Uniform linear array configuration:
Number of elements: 8
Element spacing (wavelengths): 0.5
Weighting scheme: kaiser
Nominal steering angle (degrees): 45
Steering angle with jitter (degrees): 45.497
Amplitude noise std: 0.05
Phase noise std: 0.05

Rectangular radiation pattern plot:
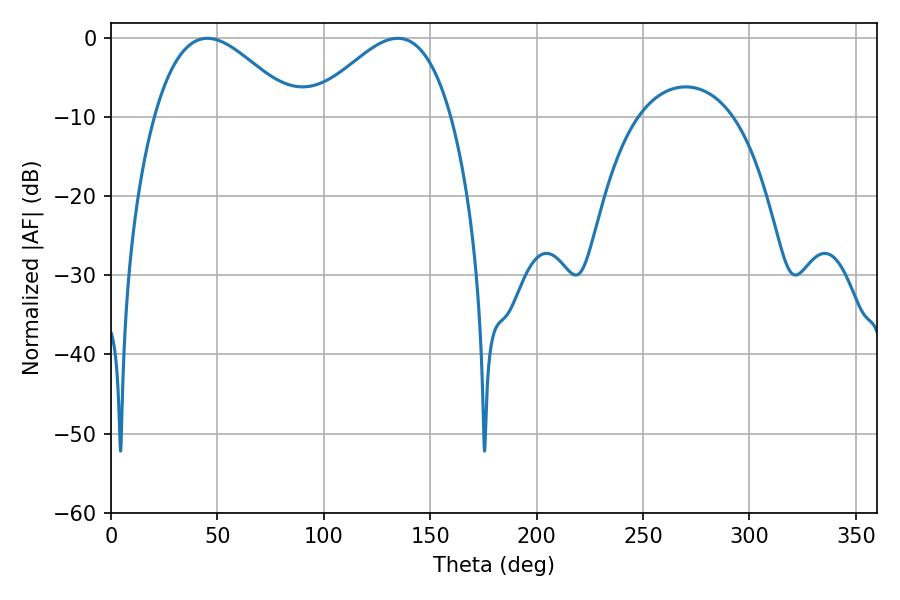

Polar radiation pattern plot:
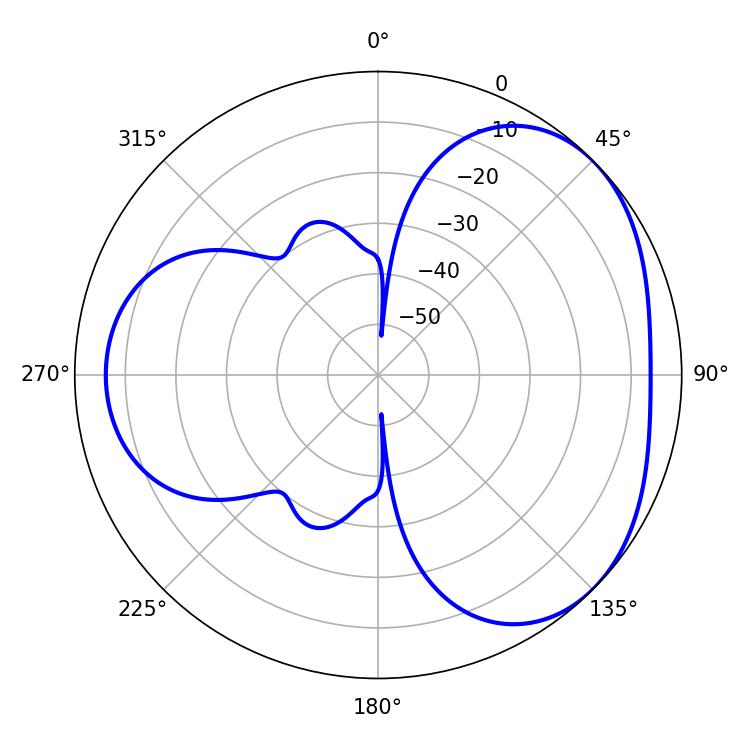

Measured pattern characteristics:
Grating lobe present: FALSE
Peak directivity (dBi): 3.62
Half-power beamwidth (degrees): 35.82
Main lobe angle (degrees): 45.18